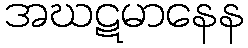
အဃဋမာနေန